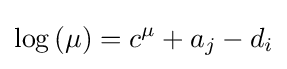
\log \left(\mu \right)=c^{\mu }+a_{j}-d_{i}